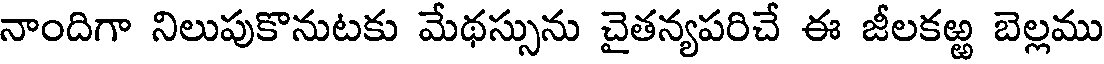
నాందిగా నిలుపుకొనుటకు మేథస్సును చైతన్యపరిచే ఈ జీలకఱ్ఱ బెల్లము